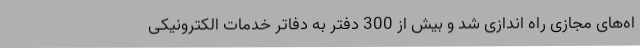
اه‌های مجازی راه اندازی شد و بیش از 300 دفتر به دفاتر خدمات الکترونیکی